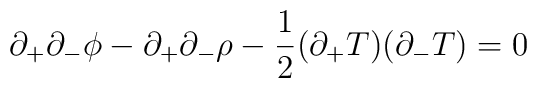
\partial_+\partial_- \phi        -\partial_+\partial_- \rho        -\frac{1}{2}(\partial_+T)(\partial_-T)=0